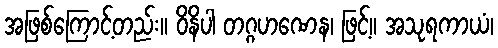
အဖြစ်ကြောင့်တည်း။ ဝိနိပါ တဂ္ဂဟဏေန၊ ဖြင့်။ အသုရကာယံ၊